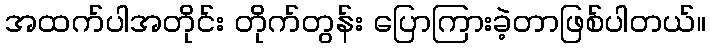
အထက်ပါအတိုင်း တိုက်တွန်း ပြောကြားခဲ့တာဖြစ်ပါတယ်။